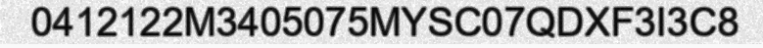
0412122M3405075MYSC07QDXF3I3C8